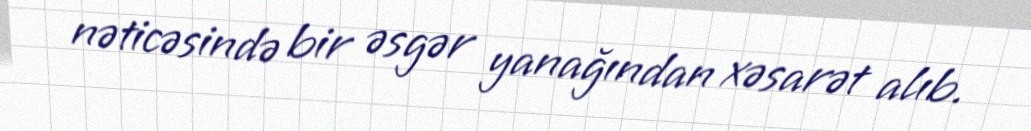
nəticəsində bir əsgər yanağından xəsarət alıb.